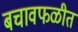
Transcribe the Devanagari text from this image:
बचावफळीत